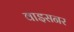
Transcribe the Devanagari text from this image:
वाइसनर